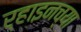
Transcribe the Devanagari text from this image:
र्‍हाइनच्या